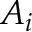
A _ { i }